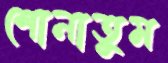
শোনাতুম